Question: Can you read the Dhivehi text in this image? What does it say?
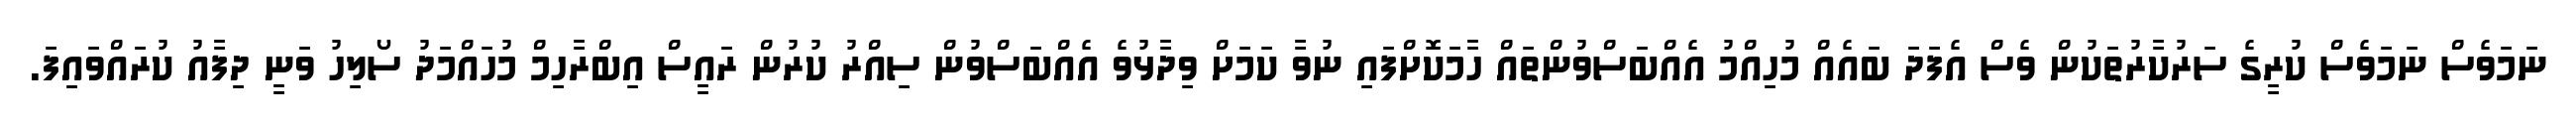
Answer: ނަމަވެސް ނަމަވެސް ކުރީގެ ސަރުކާރުތަކުން ވެސް އެފަދަ ބައެއް މުހިއްމު އެއްބަސްވުންތައް ހާމަކޮށްފައި ނުވާ ކަމަށް ވިދާޅުވެ އެއްބަސްވުން ސިއްރު ކުރުން ރައީސް އިބްރާހިމް މުހައްމަދު ސޯލިހު ވަނީ ދިފާއު ކުރައްވައިފަ.